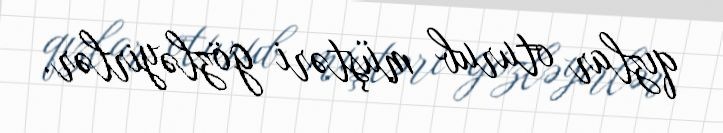
qızlar oturub müştəri gözləyirlər.